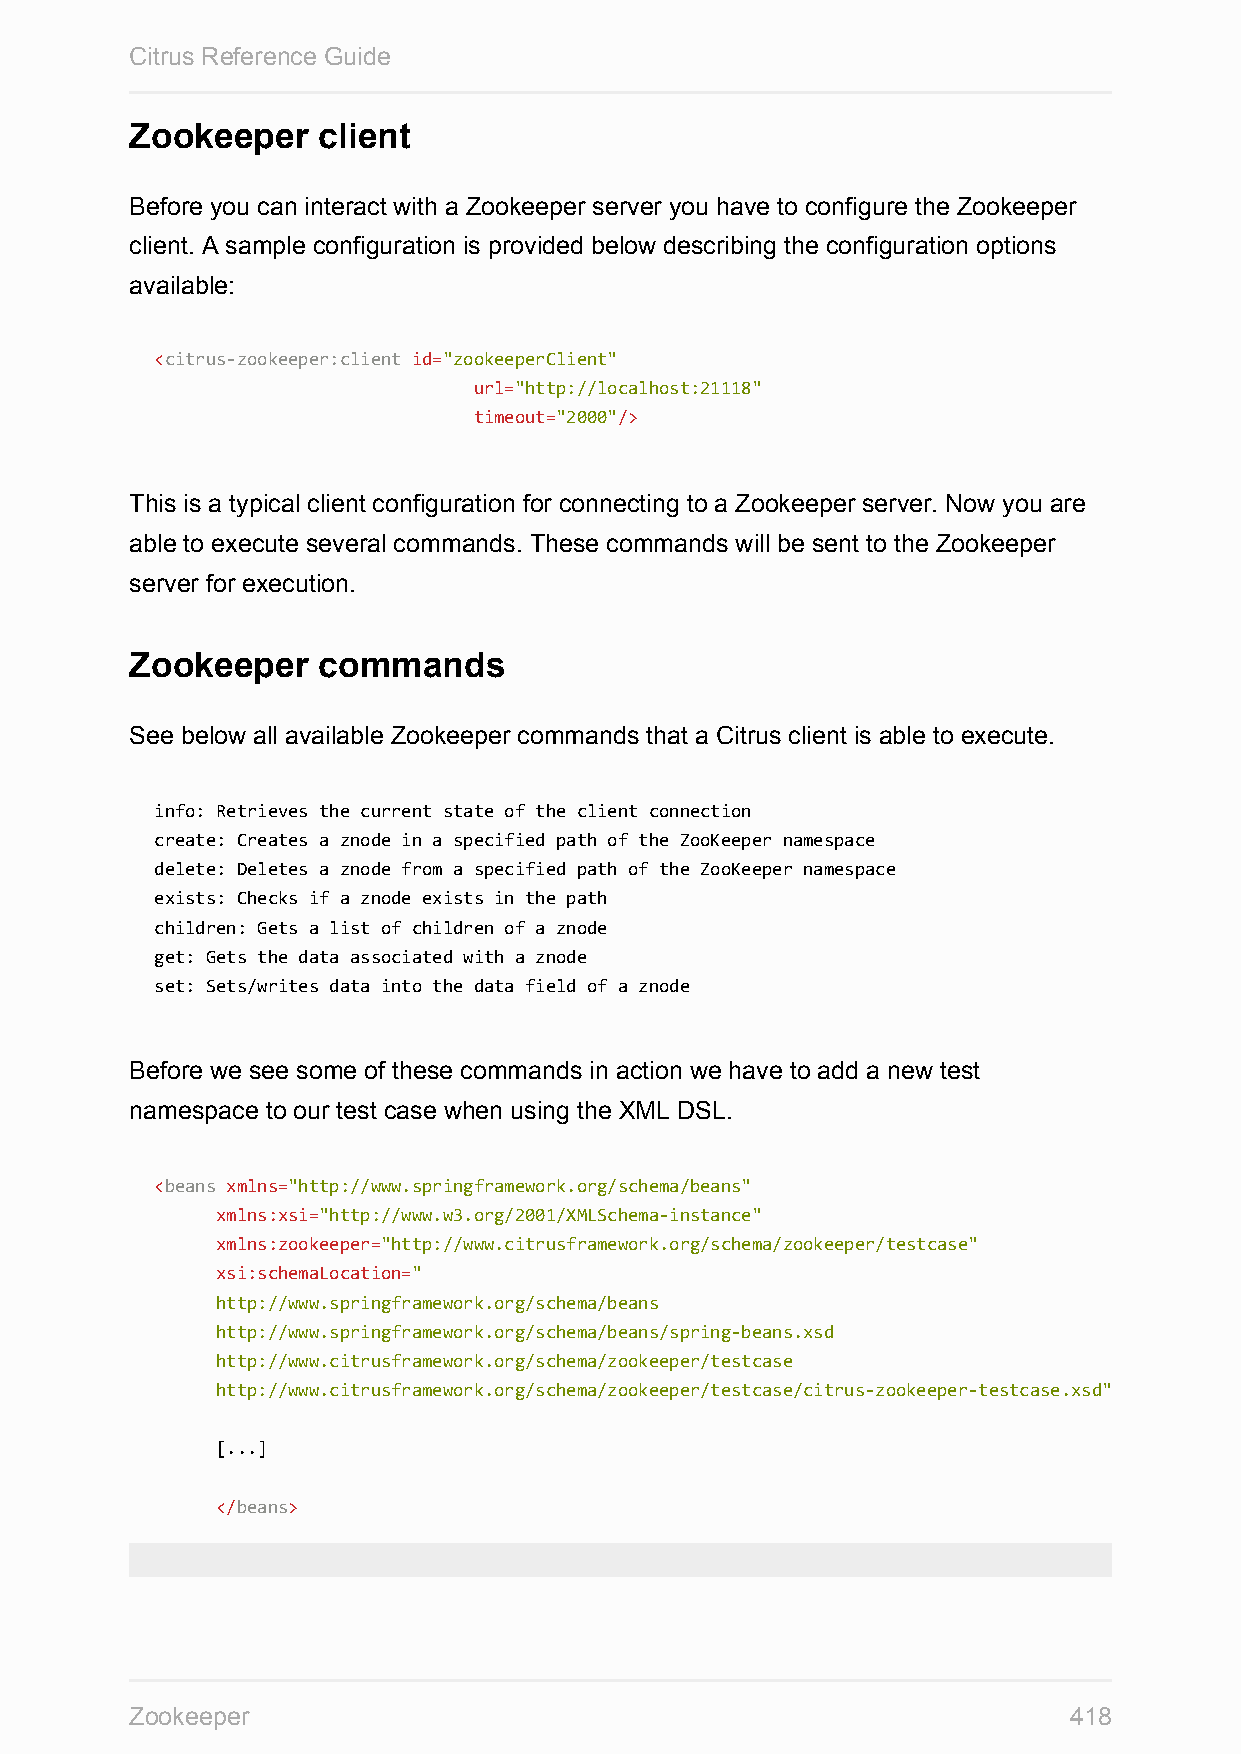
Citrus Reference Guide
 Zookeeper   client
 Before you can interact with a Zookeeper server you have to configure the Zookeeper
 client. A sample configuration is provided below describing the configuration options
 available:
 <citrus-zookeeper:client id="zookeeperClient"
 url="http://localhost:21118"
 timeout="2000"/>
 This is a typical client configuration for connecting to a Zookeeper server. Now you are
 able to execute several commands. These commands will be sent to the Zookeeper
 server for execution.
 Zookeeper   commands
 See below all available Zookeeper commands that a Citrus client is able to execute.
 info: Retrieves the current state of the client connection
 create: Creates a znode in a specified path of the ZooKeeper namespace
 delete: Deletes a znode from a specified path of the ZooKeeper namespace
 exists: Checks if a znode exists in the path
 children: Gets a list of children of a znode
 get: Gets the data associated with a znode
 set: Sets/writes data into the data field of a znode
 Before we see some of these commands in action we have to add a new test
 namespace to our test case when using the XML DSL.
 <beans xmlns="http://www.springframework.org/schema/beans"
 xmlns:xsi="http://www.w3.org/2001/XMLSchema-instance"
 xmlns:zookeeper="http://www.citrusframework.org/schema/zookeeper/testcase"
 xsi:schemaLocation="
 http://www.springframework.org/schema/beans
 http://www.springframework.org/schema/beans/spring-beans.xsd
 http://www.citrusframework.org/schema/zookeeper/testcase
 http://www.citrusframework.org/schema/zookeeper/testcase/citrus-zookeeper-testcase.xsd"
 [...]
 </beans>
 Zookeeper                                                     418